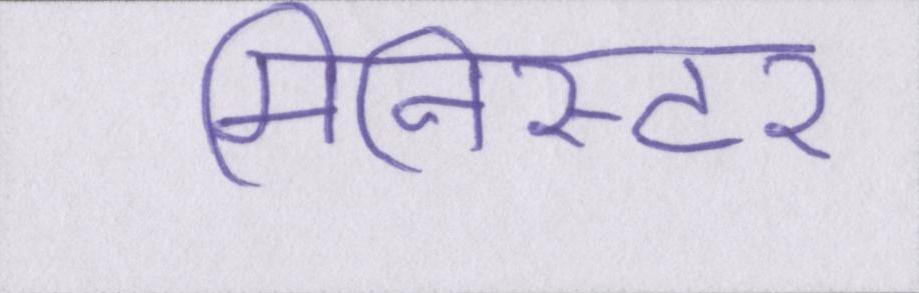
मिनिस्टर